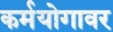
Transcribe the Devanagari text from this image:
कर्मयोगावर